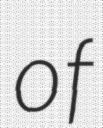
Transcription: of